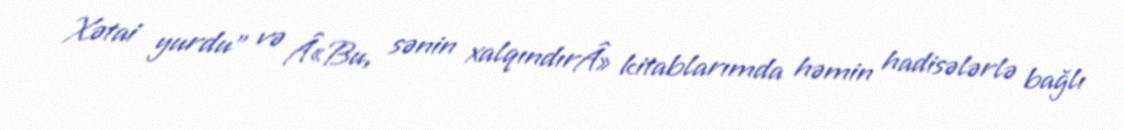
Xətai yurdu" və Â«Bu, sənin xalqındırÂ» kitablarımda həmin hadisələrlə bağlı